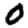
Digit: 0